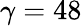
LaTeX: \gamma=48